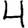
Digit: 4